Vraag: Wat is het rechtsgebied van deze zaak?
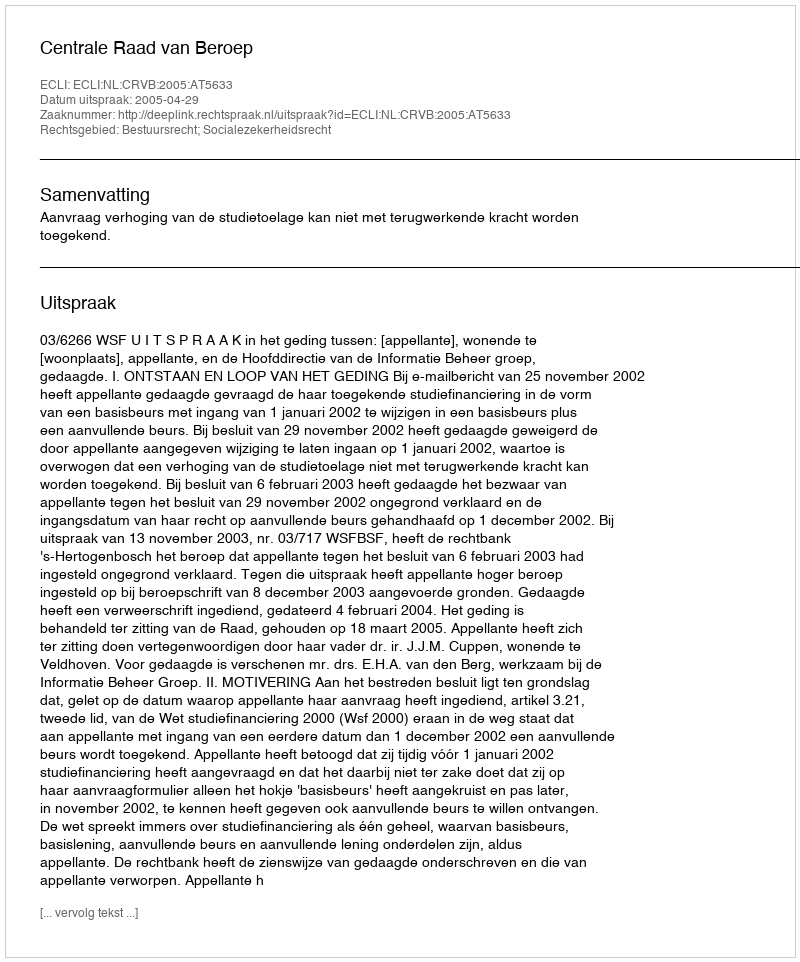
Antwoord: Bestuursrecht; Socialezekerheidsrecht